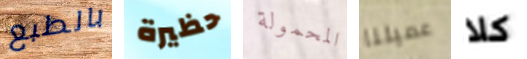
بالطبع حظيرة المحمولة عميلنا كلا